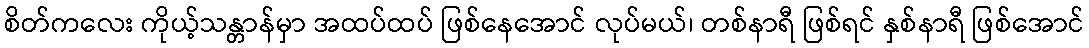
စိတ်ကလေး ကိုယ့်သန္တာန်မှာ အထပ်ထပ် ဖြစ်နေအောင် လုပ်မယ်၊ တစ်နာရီ ဖြစ်ရင် နှစ်နာရီ ဖြစ်အောင်